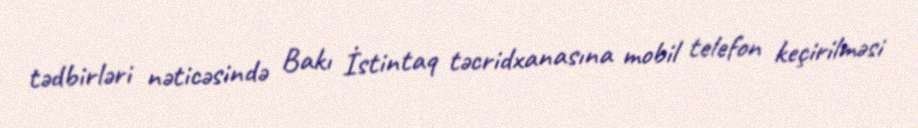
tədbirləri nəticəsində Bakı İstintaq təcridxanasına mobil telefon keçirilməsi